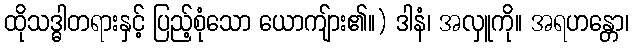
ထိုသဒ္ဓါတရားနှင့် ပြည့်စုံသော ယောကျ်ား၏။) ဒါနံ၊ အလှူကို။ အရဟန္တော၊